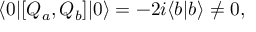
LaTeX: \langle 0 | [ Q _ { a } , Q _ { b } ] | 0 \rangle = - 2 i \langle b | b \rangle \neq 0 ,